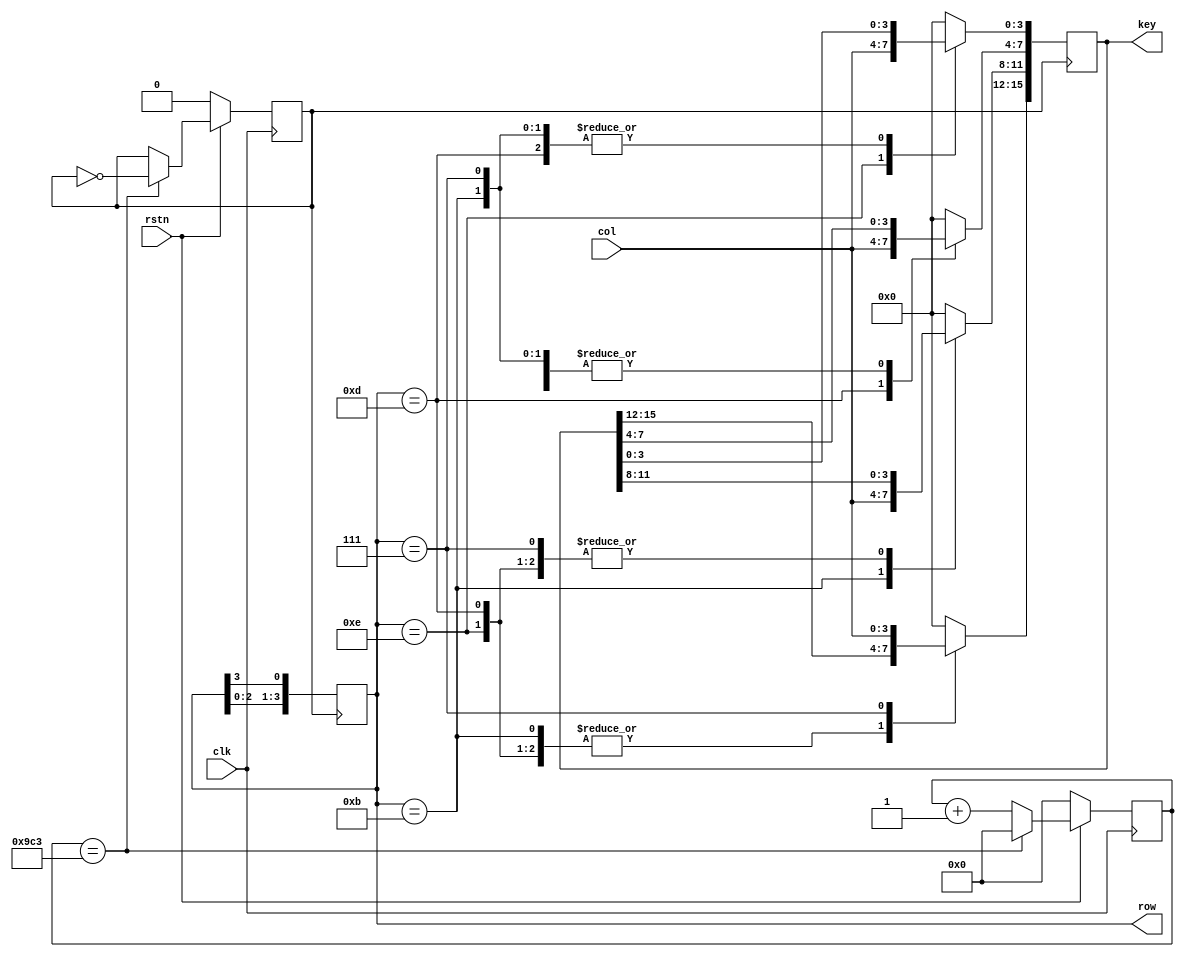
module keyboard_scan(
    input                clk,
    input                rstn,
    input        [3 :0]  col,
    output  reg  [3 :0]  row = 4'b1110,
    output  reg  [15:0]  key  
);

reg [31:0] cnt;
reg scan_clk;

always@(posedge clk) begin
    if (!rstn) begin
        cnt <= 0;
        scan_clk <= 1'b0;
    end else begin
        if(cnt == 2499) begin
            cnt <= 0;
            scan_clk <= ~scan_clk;
        end else begin
            cnt <= cnt + 1;
        end         
    end

end

always@(posedge scan_clk) begin
    row <= {row[2:0],row[3]}; 
end
    
always@(negedge scan_clk) begin
    case(row)
        4'b1110 : key[3:0] <= col;
        4'b1101 : key[7:4] <= col;
        4'b1011 : key[11:8] <= col;
        4'b0111 : key[15:12] <= col;
        default : key <= 0;
    endcase
end

endmodule